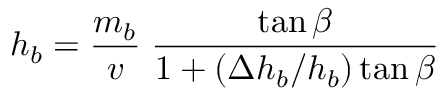
h _ { b } = \frac { m _ { b } } { v } \; \frac { \tan \beta } { 1 + ( \Delta h _ { b } / h _ { b } ) \tan \beta }